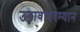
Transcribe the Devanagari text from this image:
उठावादरम्यान